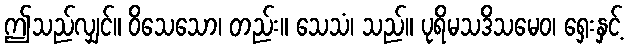
ဤသည်လျှင်။ ဝိသေသော၊ တည်း။ သေသံ၊ သည်။ ပုရိမသဒိသမေဝ၊ ရှေးနှင့်